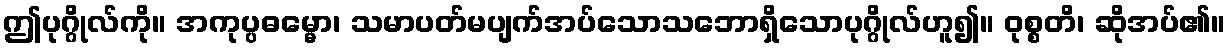
ဤပုဂ္ဂိုလ်ကို။ အကုပ္ပဓမ္မော၊ သမာပတ်မပျက်အပ်သောသဘောရှိသောပုဂ္ဂိုလ်ဟူ၍။ ဝုစ္စတိ၊ ဆိုအပ်၏။